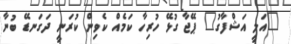
"އަލީ އަޝްފާގު" ޕޭޖާ ގުޅޭ ހުރިހާ ކަމެއް ކެވިން ކުރަނީ ދަގަނޑޭ ބުނާ